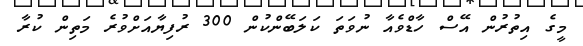
މީގެ އިތުރުން އޭސް ހާޑްވެއާ ނުވަތަ ކަލަބޭންކުން 300 ރުފިޔާއަށްވުރެ މަތިން ކުރާ